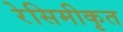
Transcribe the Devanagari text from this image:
रेसिमीकृत